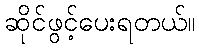
ဆိုင်ဖွင့်ပေးရတယ်။